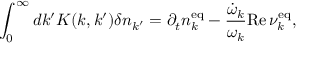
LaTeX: \int _ { 0 } ^ { \infty } d k ^ { \prime } K ( k , k ^ { \prime } ) \delta n _ { k ^ { \prime } } = \partial _ { t } n _ { k } ^ { \mathrm { e q } } - \frac { \dot { \omega } _ { k } } { \omega _ { k } } { \mathrm { R e } } \, \nu _ { k } ^ { \mathrm { e q } } ,